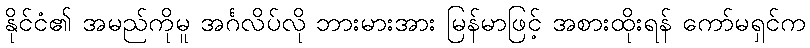
နိုင်ငံ၏ အမည်ကိုမူ အင်္ဂလိပ်လို ဘားမားအား မြန်မာဖြင့် အစားထိုးရန် ကော်မရှင်က